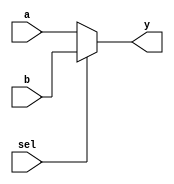
module mux2to1 (
    input wire a,        // Input signal A
    input wire b,        // Input signal B
    input wire sel,      // Select signal
    output reg y         // Output signal
);

// Combinational logic using an always block
always @(*) begin
    // Continuous assignment using the blocking operator
    if (sel) begin
        y = b;          // If sel is high, output B
    end else begin
        y = a;          // If sel is low, output A
    end
end

endmodule